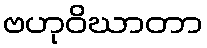
ဗဟုဝိဃာတာ